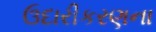
ઉદારીકરણના